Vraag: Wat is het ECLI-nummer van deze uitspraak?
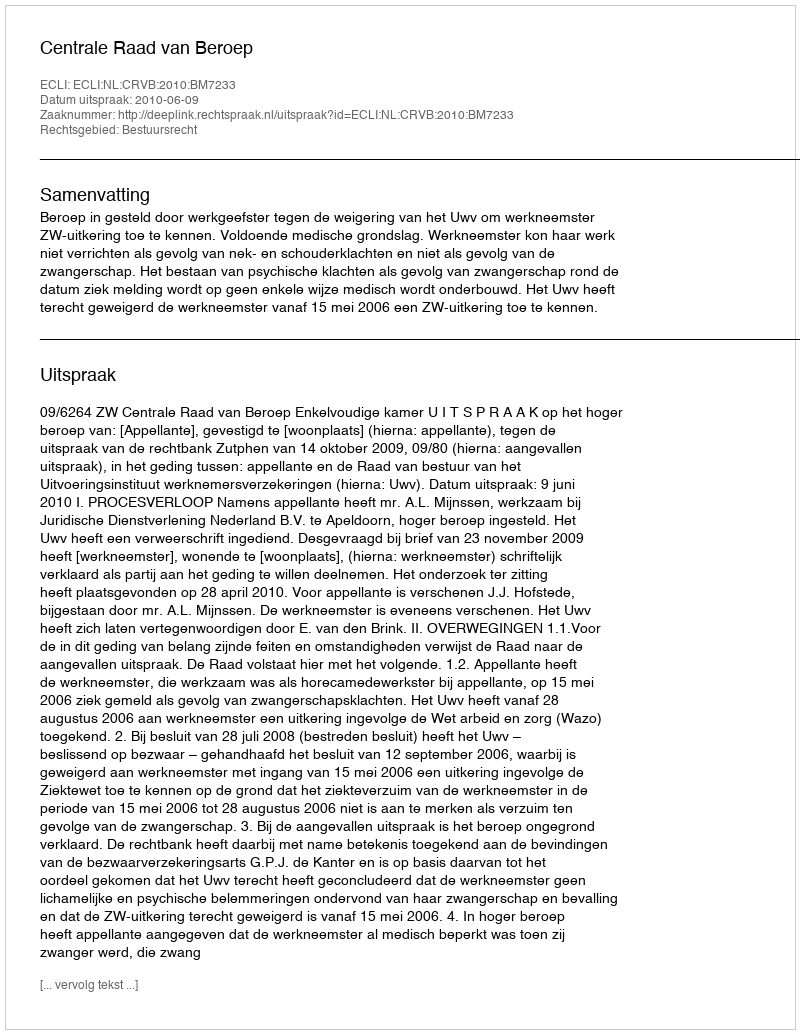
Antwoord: ECLI:NL:CRVB:2010:BM7233